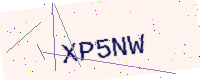
Text: XP5NW